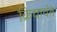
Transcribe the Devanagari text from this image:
क्रियावंत